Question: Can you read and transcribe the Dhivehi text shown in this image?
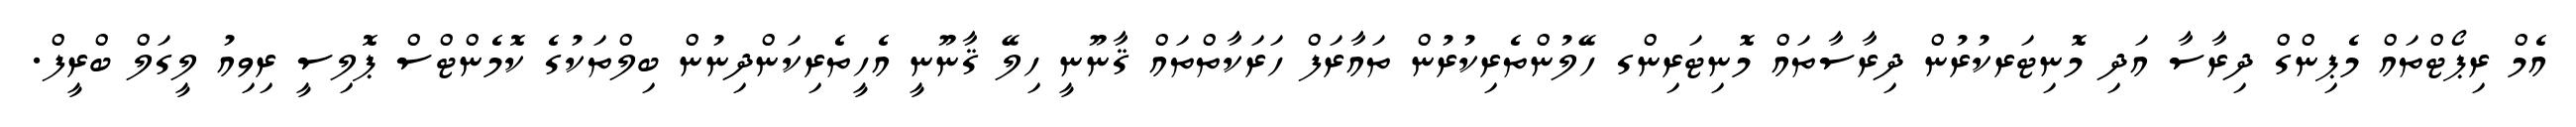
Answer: އެމް ރިޕޯޓްތައް މެޕިންގް ދިރާސާ އަދި މޮނިޓަރކުރުން ދިރާސާތައް މޮނިޓަރިންގ ހޭލުންތެރިކުރުން ތައާރަފް ހަރަކާތްތައް ޤާނޫނީ ހިލޭ ޤާނޫނީ އެހީތެރިކަންދިނުން ބިލްތަކުގެ ކޮމެންޓްސް ޕޮލިސީ ރިވިއު ލީގަލް ބްރީފް.